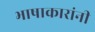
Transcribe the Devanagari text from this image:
भाषाकारांनी